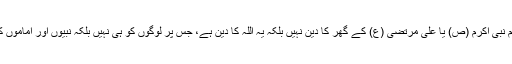
ان کا کہنا تھا کہ اسلام نبی اکرم (ص) یا علی مرتضٰی (ع) کے گھر کا دین نہیں بلکہ یہ اللہ کا دین ہے، جس پر لوگوں کو ہی نہیں بلکہ نبیوں اور اماموں کو بھی عمل کرنا ہے۔